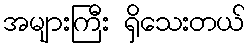
အများကြီး ရှိသေးတယ်